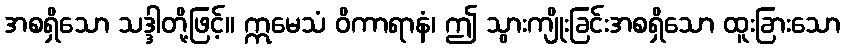
အစရှိသော သဒ္ဒါတို့ဖြင့်။ ဣမေသံ ဝိကာရာနံ၊ ဤ သွားကျိုးခြင်းအစရှိသော ထူးခြားသော